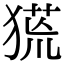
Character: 𤠛